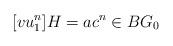
LaTeX: \begin{align*} [vu_1^n]H = a c^n \in BG_0 \end{align*}